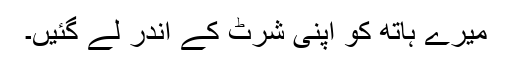
میرے ہاتھ کو اپنی شرٹ کے اندر لے گئیں۔